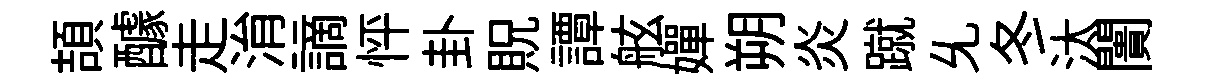
頡醵走㳙謫怦卦貺譚舷嬋朔炎蹴𠃔冬汰闠